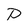
Character: P